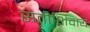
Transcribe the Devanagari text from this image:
सतीशिवाय